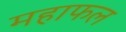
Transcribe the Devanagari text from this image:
महाफल